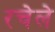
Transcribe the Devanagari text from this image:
रचेले